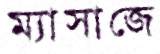
ম্যাসাজে